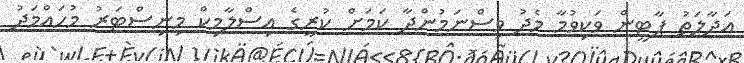
އަދާލަތު ޕާޓީން ވަކިވުމާ މެދު ވިސްނަމުންދާ ކަމަށް ކުރީގެ އިސްލާމިކް މިނިސްޓަރު މުހައްމަދު